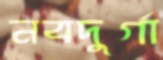
নবদুর্গা